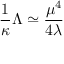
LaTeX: \frac { 1 } { \kappa } \Lambda \simeq \frac { \mu ^ { 4 } } { 4 \lambda }